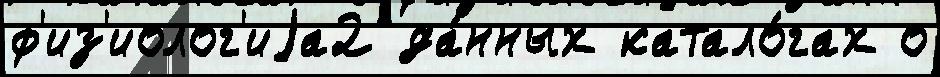
ф'из'иолог'иjа2 да́нных катало́гах о